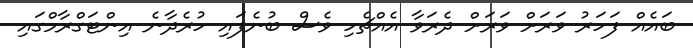
ބައެއް ފަހަރު ވަރަށް ވަރަށް ދެރަވާ އެއްޗެހި ވެސް ބުނެފައި ހުރެދާނެ އިންޓަގްރާމްގައި